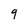
Character: 9